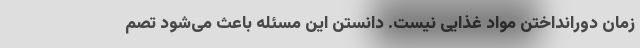
زمان دورانداختن مواد غذایی نیست. دانستن این مسئله باعث می‌شود تصم